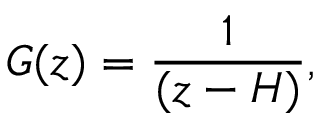
G ( z ) = \frac { 1 } { ( z - H ) } ,